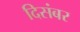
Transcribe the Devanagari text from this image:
दिसंबर